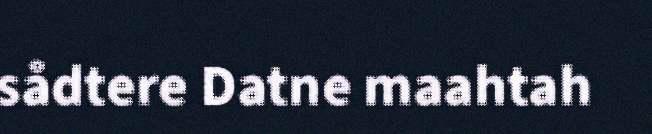
sådtere Datne maahtah